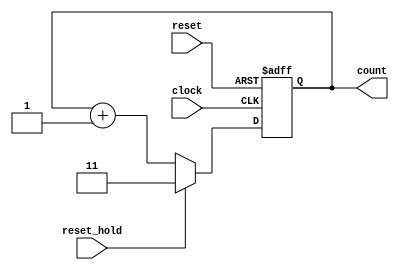
module counter ( input clock, input reset, input reset_hold, output reg [1:0]count );

always @ ( posedge clock, negedge reset )
    begin
        if ( reset == 0 ) begin
            count <= 0;
        end else if ( reset_hold == 1 ) begin
            count <= 3;
        end else begin
            count <= count + 1;
        end
    end
endmodule